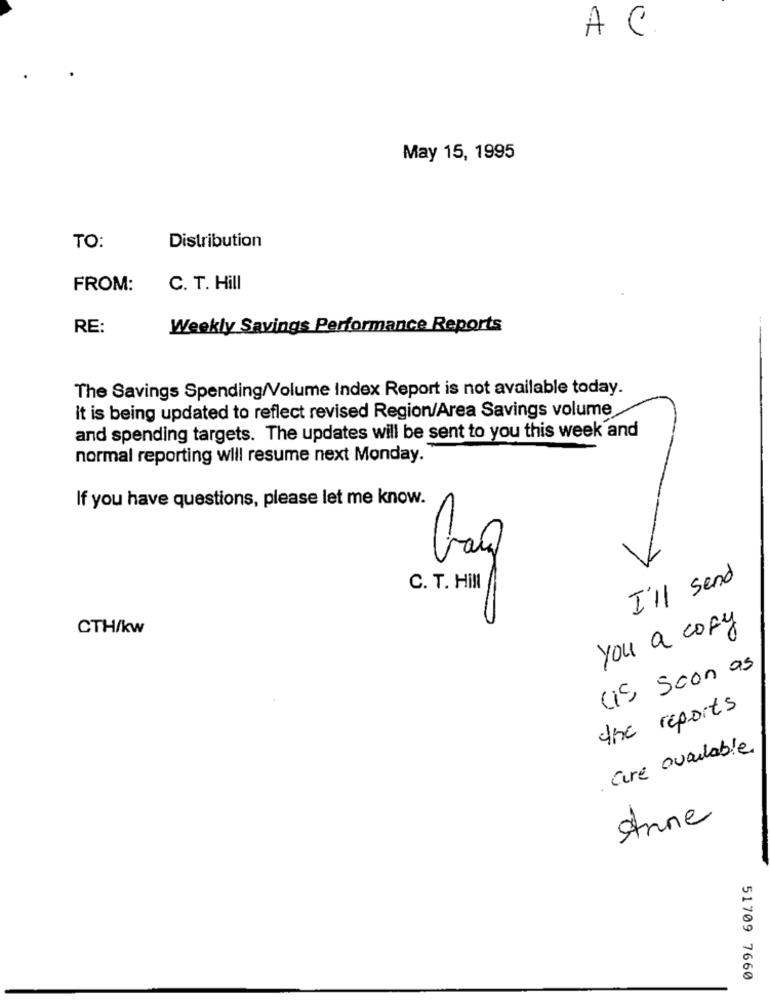
AC
May 15, 1995
TO:
Distribution
FROM:
C. T. Hill
RE:
Weekly Savings Performance Reports
The Savings Spending/Volume Index Report is not available today.
It is being updated to reflect revised Region/Area Savings volume
and spending targets. The updates will be sent to you this week and
normal reporting will resume next Monday.
If you have questions, please let me know.
I'll send
C. T. HIN
CTH/kw
you a copy
(is) soon as
the reports
are available
Anne
51709 7660